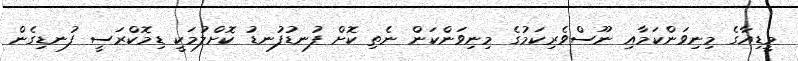
މީޑިއާގެ މިނިވަންކަމާއި ނޫސްވެރިކަމުގެ މިނިވަންކަން ނެތި ކޮށް ފުނޑުފުނޑު ކޮށްލުމަކީ ޑިމޮކްރަސީ ފުނޑިގެން